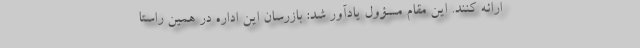
ارائه کنند. این مقام مسؤول یادآور شد: بازرسان این اداره در همین راستا